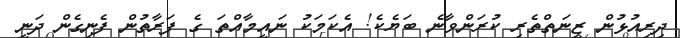
ދިރިއުޅުން ޒީނަތްތެރި ކުރަންވާނެ ބަޔެކެ! އެކަމަކު ނައީމާއްތަ ގެ ފަރާތުން ފެނިގެން ދަނީ